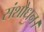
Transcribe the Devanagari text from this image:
संशोधन।